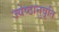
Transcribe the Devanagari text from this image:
ज्येष्ठानुवृति